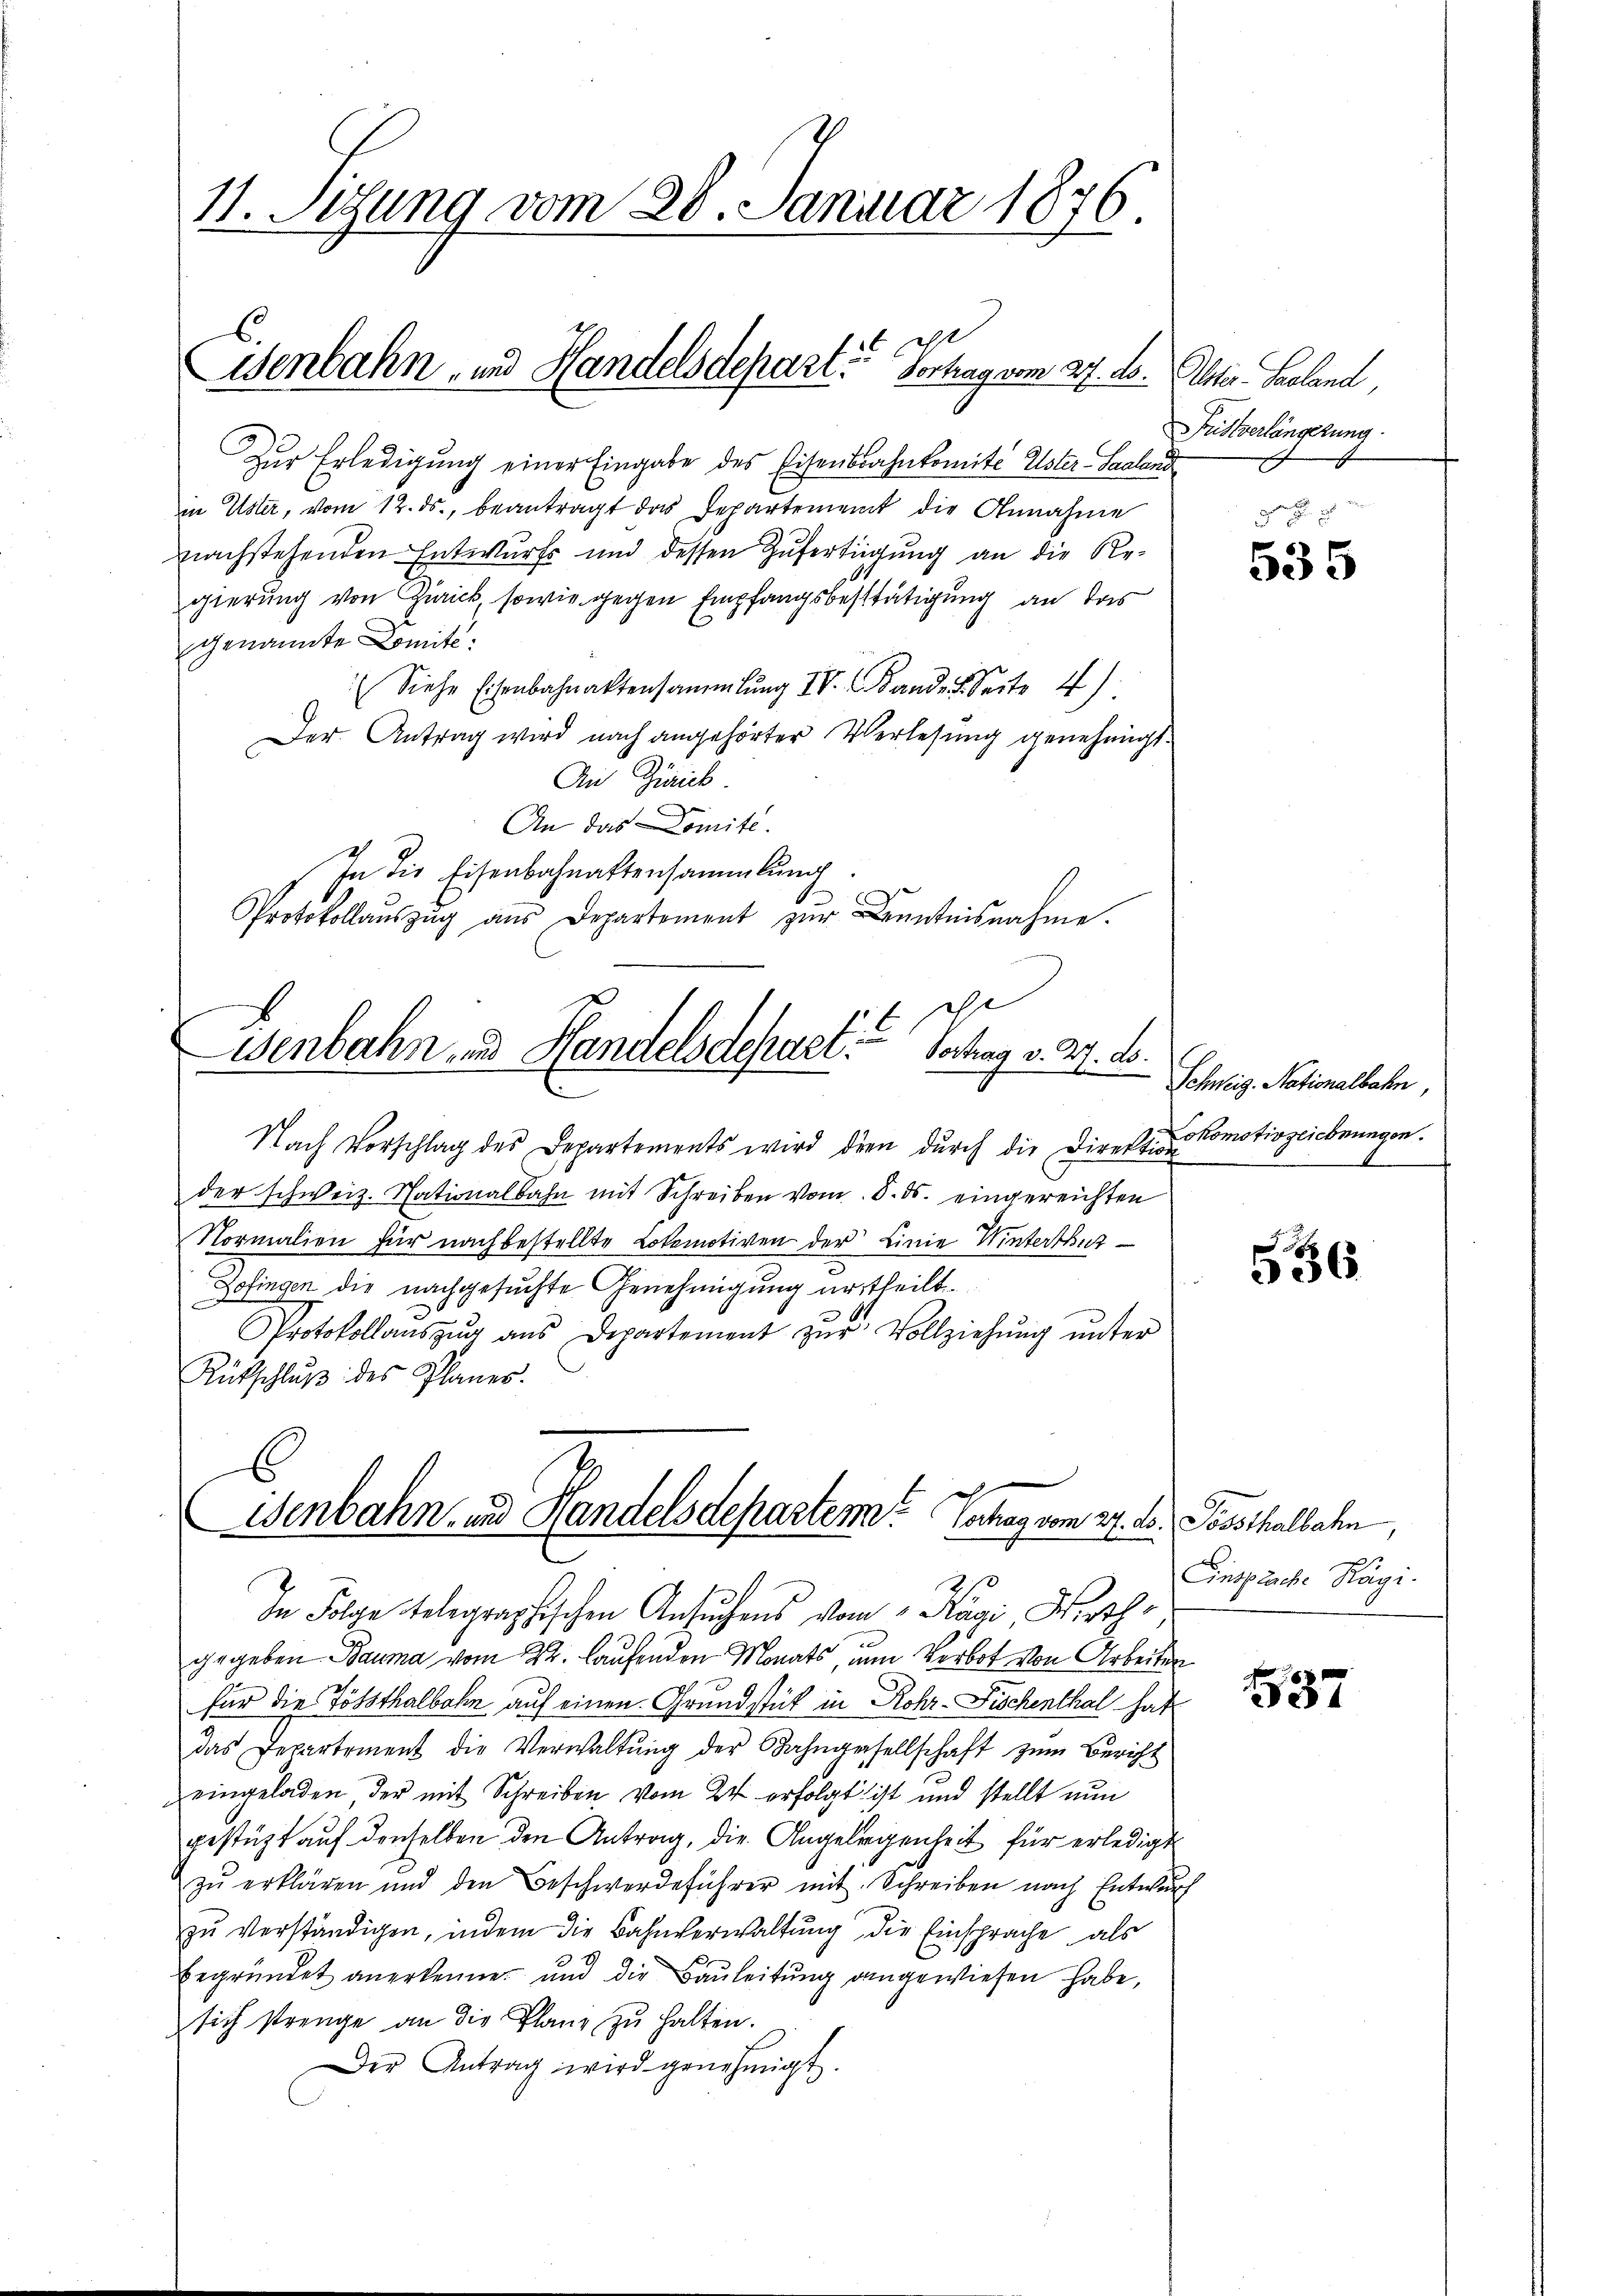
11. Setzung vom 28. Januar 1876.

Wenbahn- und Handelsdepart? Vortrag vom 27. ds. Oster Seeland,

x
Wenbahn und Handelsdepart Vortrag v. 2. ds.

Zur Erledigung einer Eingabe des Eisenbahnkomite Elster Saalend
in Uster, vom 12. ds., beantragt das Departement die Annahme
nachstehenden Entwurfs und dessen Zufertigung an die Re-
gierung von Zürick, sowie gegen Empfangsbestätigung an das
genannte Domité,
(Siehe Eisenbahnaktensammlung IV Stande Seite 4
Der Antrag wird nach angehörter Verlesung genehmigt.
An Zürich
An das Domité.
In die Eisenbahnattensammlung
Protokollaŭszŭg aŭs Departement zŭr Kenntnisnahme.

Benbahn- und Handelsdeparten. Verhag vom 27. d. Possthalbahn,
Z.

Fristverlängerung

Nach Vorschlag des Departements wird dien durch die Direktion
der schweiz. Nationalbahn mit Schreiben vom 8. ds. eingereichten
Normalien für nach bestellte Lokomotiven der Linie Winterthur
Zofingen die nachgesuchte Genehmigung urtheilt.
Protokollaŭszŭg aŭs Departement zŭr Vollziehŭng ŭnter
Rückschluß des Planes.

In Folge telegraphischen Ansuchens vom Kägi, Wirthgegeben Bauma vom 22. laufenden Monats, um Verbot von Arbeiten
für die Tößsthalbahn auf einen Grundstück in Rohr-Fischenthal hat
das Departement die Verwaltŭng der Bahngesellschaft zŭm Bericht
eingeladen der mit Schreiben vom 24. erfolgt ist und stellt nun
gestützt auf denselben den Antrag, die Angelegenheit für erledigt
zŭ erklären und den Beschwerdeführer mit Schreiben nach Entwŭrf
zu verständigen, indem die Bahnverwaltung die Einsprache, als
begründet anerkenne, und die Bauleitung angewiesen habe,
sich strenge an die Planz zŭ halten.
Der Antrag wird genehmigt.

535

Schweig. Nationalbahn,
okomotivzeichnungen.

536

Einsprache Hagi.

187